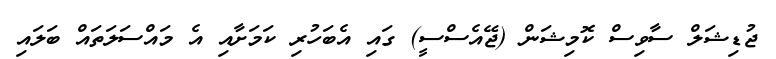
ޖުޑިޝަލް ސާވިސް ކޮމިޝަން (ޖޭއެސްސީ) ގައި އެބަހުރި ކަމަށާއި އެ މައްސަލަތައް ބަލައި